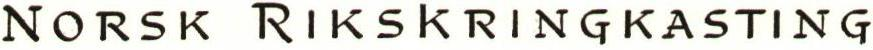
NORSK RIKSKRINGKASTING